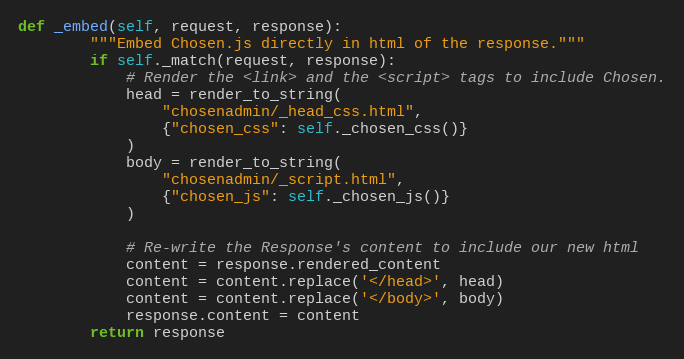
Language: Python
def _embed(self, request, response):
        """Embed Chosen.js directly in html of the response."""
        if self._match(request, response):
            # Render the <link> and the <script> tags to include Chosen.
            head = render_to_string(
                "chosenadmin/_head_css.html",
                {"chosen_css": self._chosen_css()}
            )
            body = render_to_string(
                "chosenadmin/_script.html",
                {"chosen_js": self._chosen_js()}
            )

            # Re-write the Response's content to include our new html
            content = response.rendered_content
            content = content.replace('</head>', head)
            content = content.replace('</body>', body)
            response.content = content
        return response